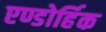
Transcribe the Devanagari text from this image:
एण्डोर्हिक